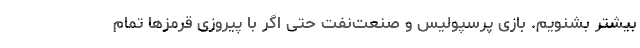
بیشتر بشنویم. بازی پرسپولیس و صنعت‌نفت حتی اگر با پیروزی قرمزها تمام